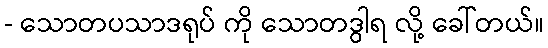
- သောတပသာဒရုပ် ကို သောတဒွါရ လို့ ခေါ်တယ်။